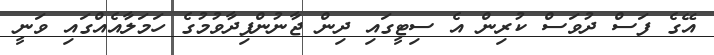
އޭގެ ފަސް ދުވަސް ކުރިން އެ ސިޓީގައި ދިން ޖާނުންފިދާވުމުގެ ހަމަލާއެއްގައި ވަނީ